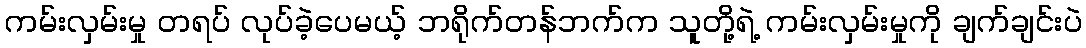
ကမ်းလှမ်းမှု တရပ် လုပ်ခဲ့ပေမယ့် ဘရိုက်တန်ဘက်က သူတို့ရဲ့ ကမ်းလှမ်းမှုကို ချက်ချင်းပဲ